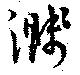
濺